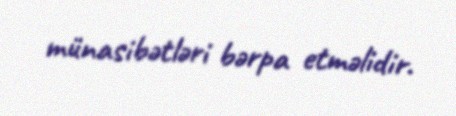
münasibətləri bərpa etməlidir.